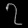
Digit: ၇